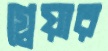
গ্লেয়ার